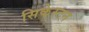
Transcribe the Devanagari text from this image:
सिकेस्टन